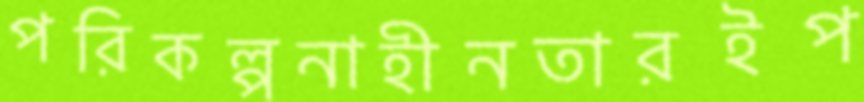
পরিকল্পনাহীনতারইপ